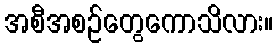
အစီအစဉ်တွေကောသိလား။